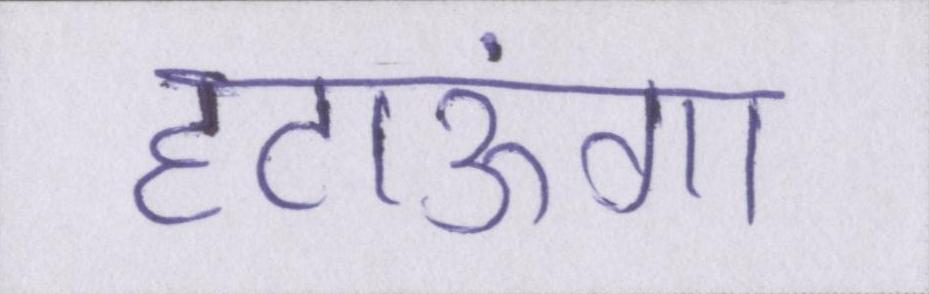
हटाऊंगा